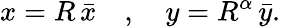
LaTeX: x=R\, \bar{x}\quad,\quad y=R^{\alpha}\, \bar{y}.